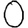
Digit: 0